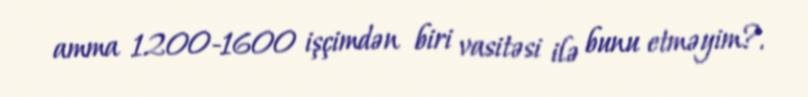
amma 1200-1600 işçimdən biri vasitəsi ilə bunu etməyim?.